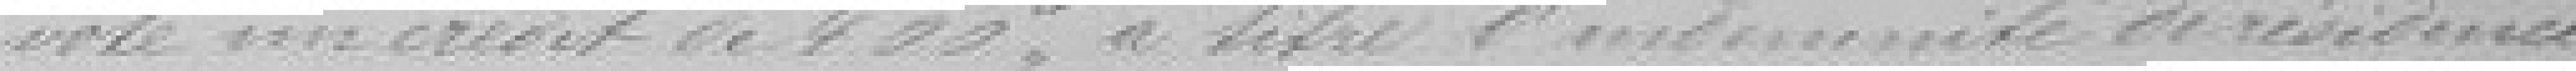
vote un crédit de 400 francs à titre d'indemnité de résidence